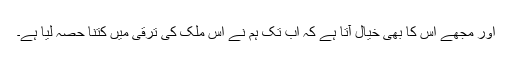
اور مجھے اس کا بھی خیال آتا ہے کہ اب تک ہم نے اس ملک کی ترقی میں کتنا حصّہ لیا ہے۔